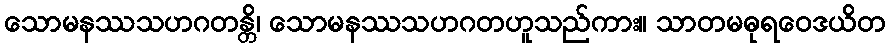
သောမနဿသဟဂတန္တိ၊ သောမနဿသဟဂတဟူသည်ကား။ သာတမဓုရဝေဒယိတ